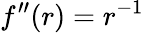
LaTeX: f^{\prime\prime}(r)=r^{-1}